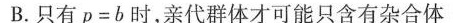
B.只有p=b时，亲代群体才可能只含有杂合体